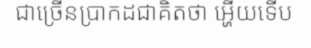
ជាច្រើនប្រាកដជាគិតថា អ្ហើយទើប